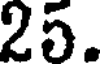
25.